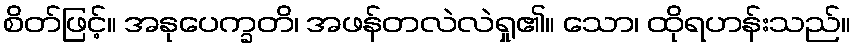
စိတ်ဖြင့်။ အနုပေက္ခတိ၊ အဖန်တလဲလဲရှု၏။ သော၊ ထိုရဟန်းသည်။